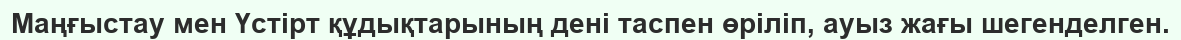
Маңғыстау мен Үстірт құдықтарының дені таспен өріліп, ауыз жағы шегенделген.